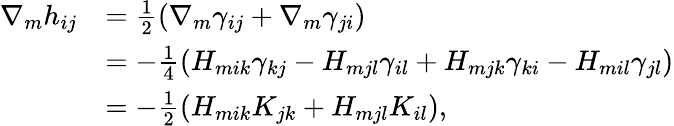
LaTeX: \begin{array}{rl}{\nabla_{m}h_{ij}}&{=\frac{1}{2}(\nabla_{m}\gamma_{ij}+\nabla_{m}\gamma_{ji})}\\ &{=-\frac{1}{4}(H_{mik}\gamma_{kj}-H_{mjl}\gamma_{il}+H_{mjk}\gamma_{ki}-H_{mil}\gamma_{jl})}\\ &{=-\frac{1}{2}(H_{mik}K_{jk}+H_{mjl}K_{il}),}\end{array}